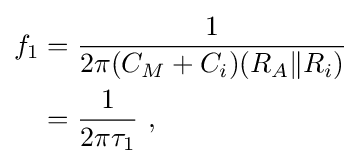
{\begin{aligned}f_{1}&={\frac {1}{2\pi (C_{M}+C_{i})(R_{A}\|R_{i})}}\\&={\frac {1}{2\pi \tau _{1}}}\ ,\\\end{aligned}}